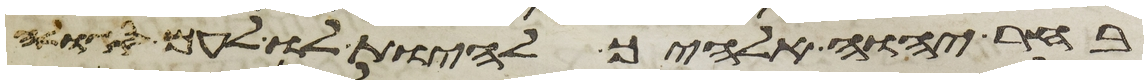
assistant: בחר יהוה אלהיך להיות לו לעם סגלה